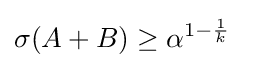
\sigma (A+B)\geq \alpha ^{1-{\frac {1}{k}}}\